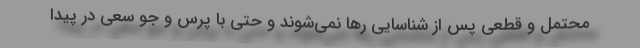
محتمل و قطعی پس از شناسایی رها نمی‌شوند و حتی با پرس و جو سعی در پیدا